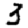
Digit: 3